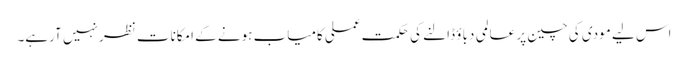
اس لیے مودی کی چین پر عالمی دباؤ ڈالنے کی حکمت عملی کامیاب ہونے کے امکانات نظر نہیں آرہے۔